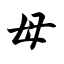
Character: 母